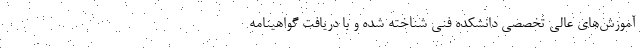
آموزش‌های عالی تخصصی دانشکده فنی شناخته شده و با دریافت گواهینامه